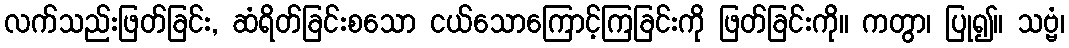
လက်သည်းဖြတ်ခြင်း, ဆံရိတ်ခြင်းစသော ငယ်သောကြောင့်ကြခြင်းကို ဖြတ်ခြင်းကို။ ကတွာ၊ ပြု၍။ သဗ္ဗံ၊